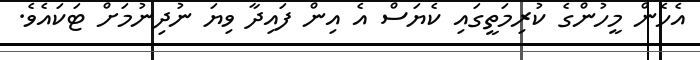
އެހެން މީހުންގެ ކުރިމަތީގައި ކެޔަސް އެ އިން ފައިދާ ވިޔަ ނުދިނުމަށް ޓަކައެވެ.